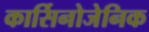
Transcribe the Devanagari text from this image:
कार्सिनोजेनिक